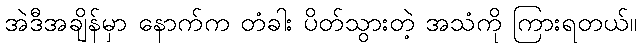
အဲဒီအချိန်မှာ နောက်က တံခါး ပိတ်သွားတဲ့ အသံကို ကြားရတယ်။